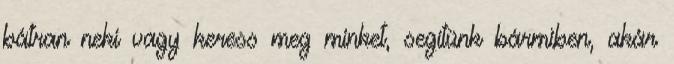
bátran neki vagy keress meg minket, segítünk bármiben, akár